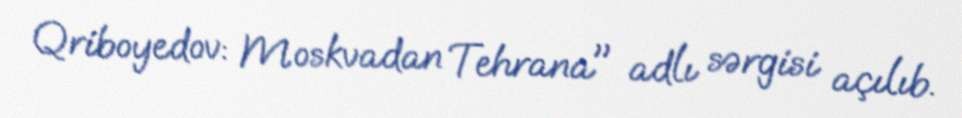
Qriboyedov: Moskvadan Tehrana" adlı sərgisi açılıb.